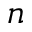
n